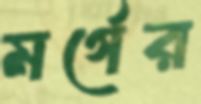
মর্গের